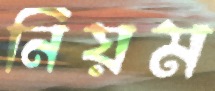
নিয়ম